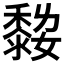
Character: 𪏾